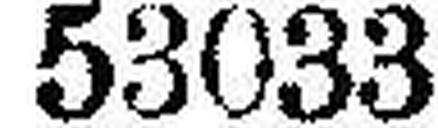
53033